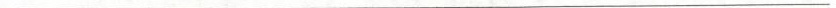
___